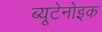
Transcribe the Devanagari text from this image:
ब्यूटेनोइक